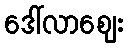
ဒေါ်လာဈေး